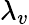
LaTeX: \lambda_{v}